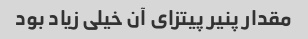
مقدار پنیر پیتزای آن خیلی زیاد بود